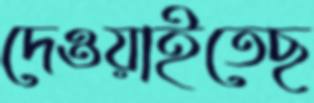
দেওয়াইতেছ